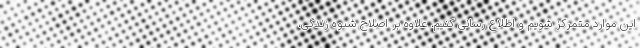
این موارد متمرکز شویم و اطلاع رسانی کنیم. علاوه بر اصلاح شیوه زندگی،